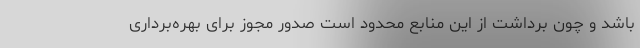
باشد و چون برداشت از این منابع محدود است صدور مجوز برای بهره‌برداری